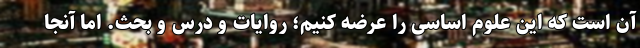
آن است که این علوم اساسی را عرضه کنیم؛ روایات و درس و بحث. اما آنجا